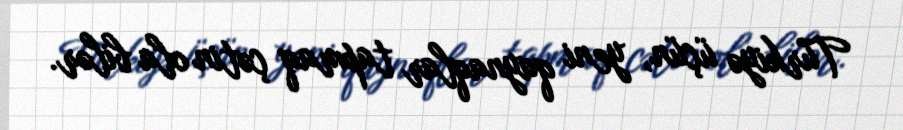
Türkiyə üçün, yeni qaynaqlar tapmaq çətin ola bilər.